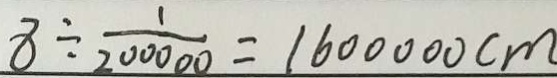
8 \div \frac { 1 } { 2 0 0 0 0 } = 1 6 0 0 0 0 0 c m